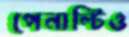
পেনাল্টিও